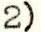
2)